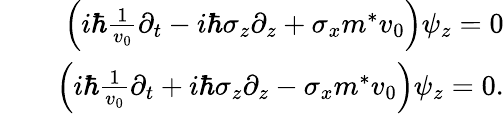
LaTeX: \begin{array}{rlr}&{}&{\left(i\hbar\frac{1}{v_{0}}\partial_{t}-i\hbar\sigma_{z}\partial_{z}+\sigma_{x}m^{*}v_{0}\right)\psi_{z}=0}\\ &{}&{\left(i\hbar\frac{1}{v_{0}}\partial_{t}+i\hbar\sigma_{z}\partial_{z}-\sigma_{x}m^{*}v_{0}\right)\psi_{z}=0.}\end{array}